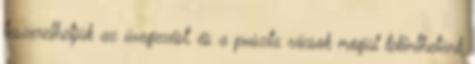
leszerelhetjük az üvegezést, és a puszta rácsok mögül tekinthetünk